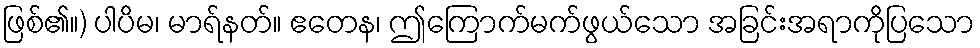
ဖြစ်၏။) ပါပိမ၊ မာရ်နတ်။ ဧတေန၊ ဤကြောက်မက်ဖွယ်သော အခြင်းအရာကိုပြသော